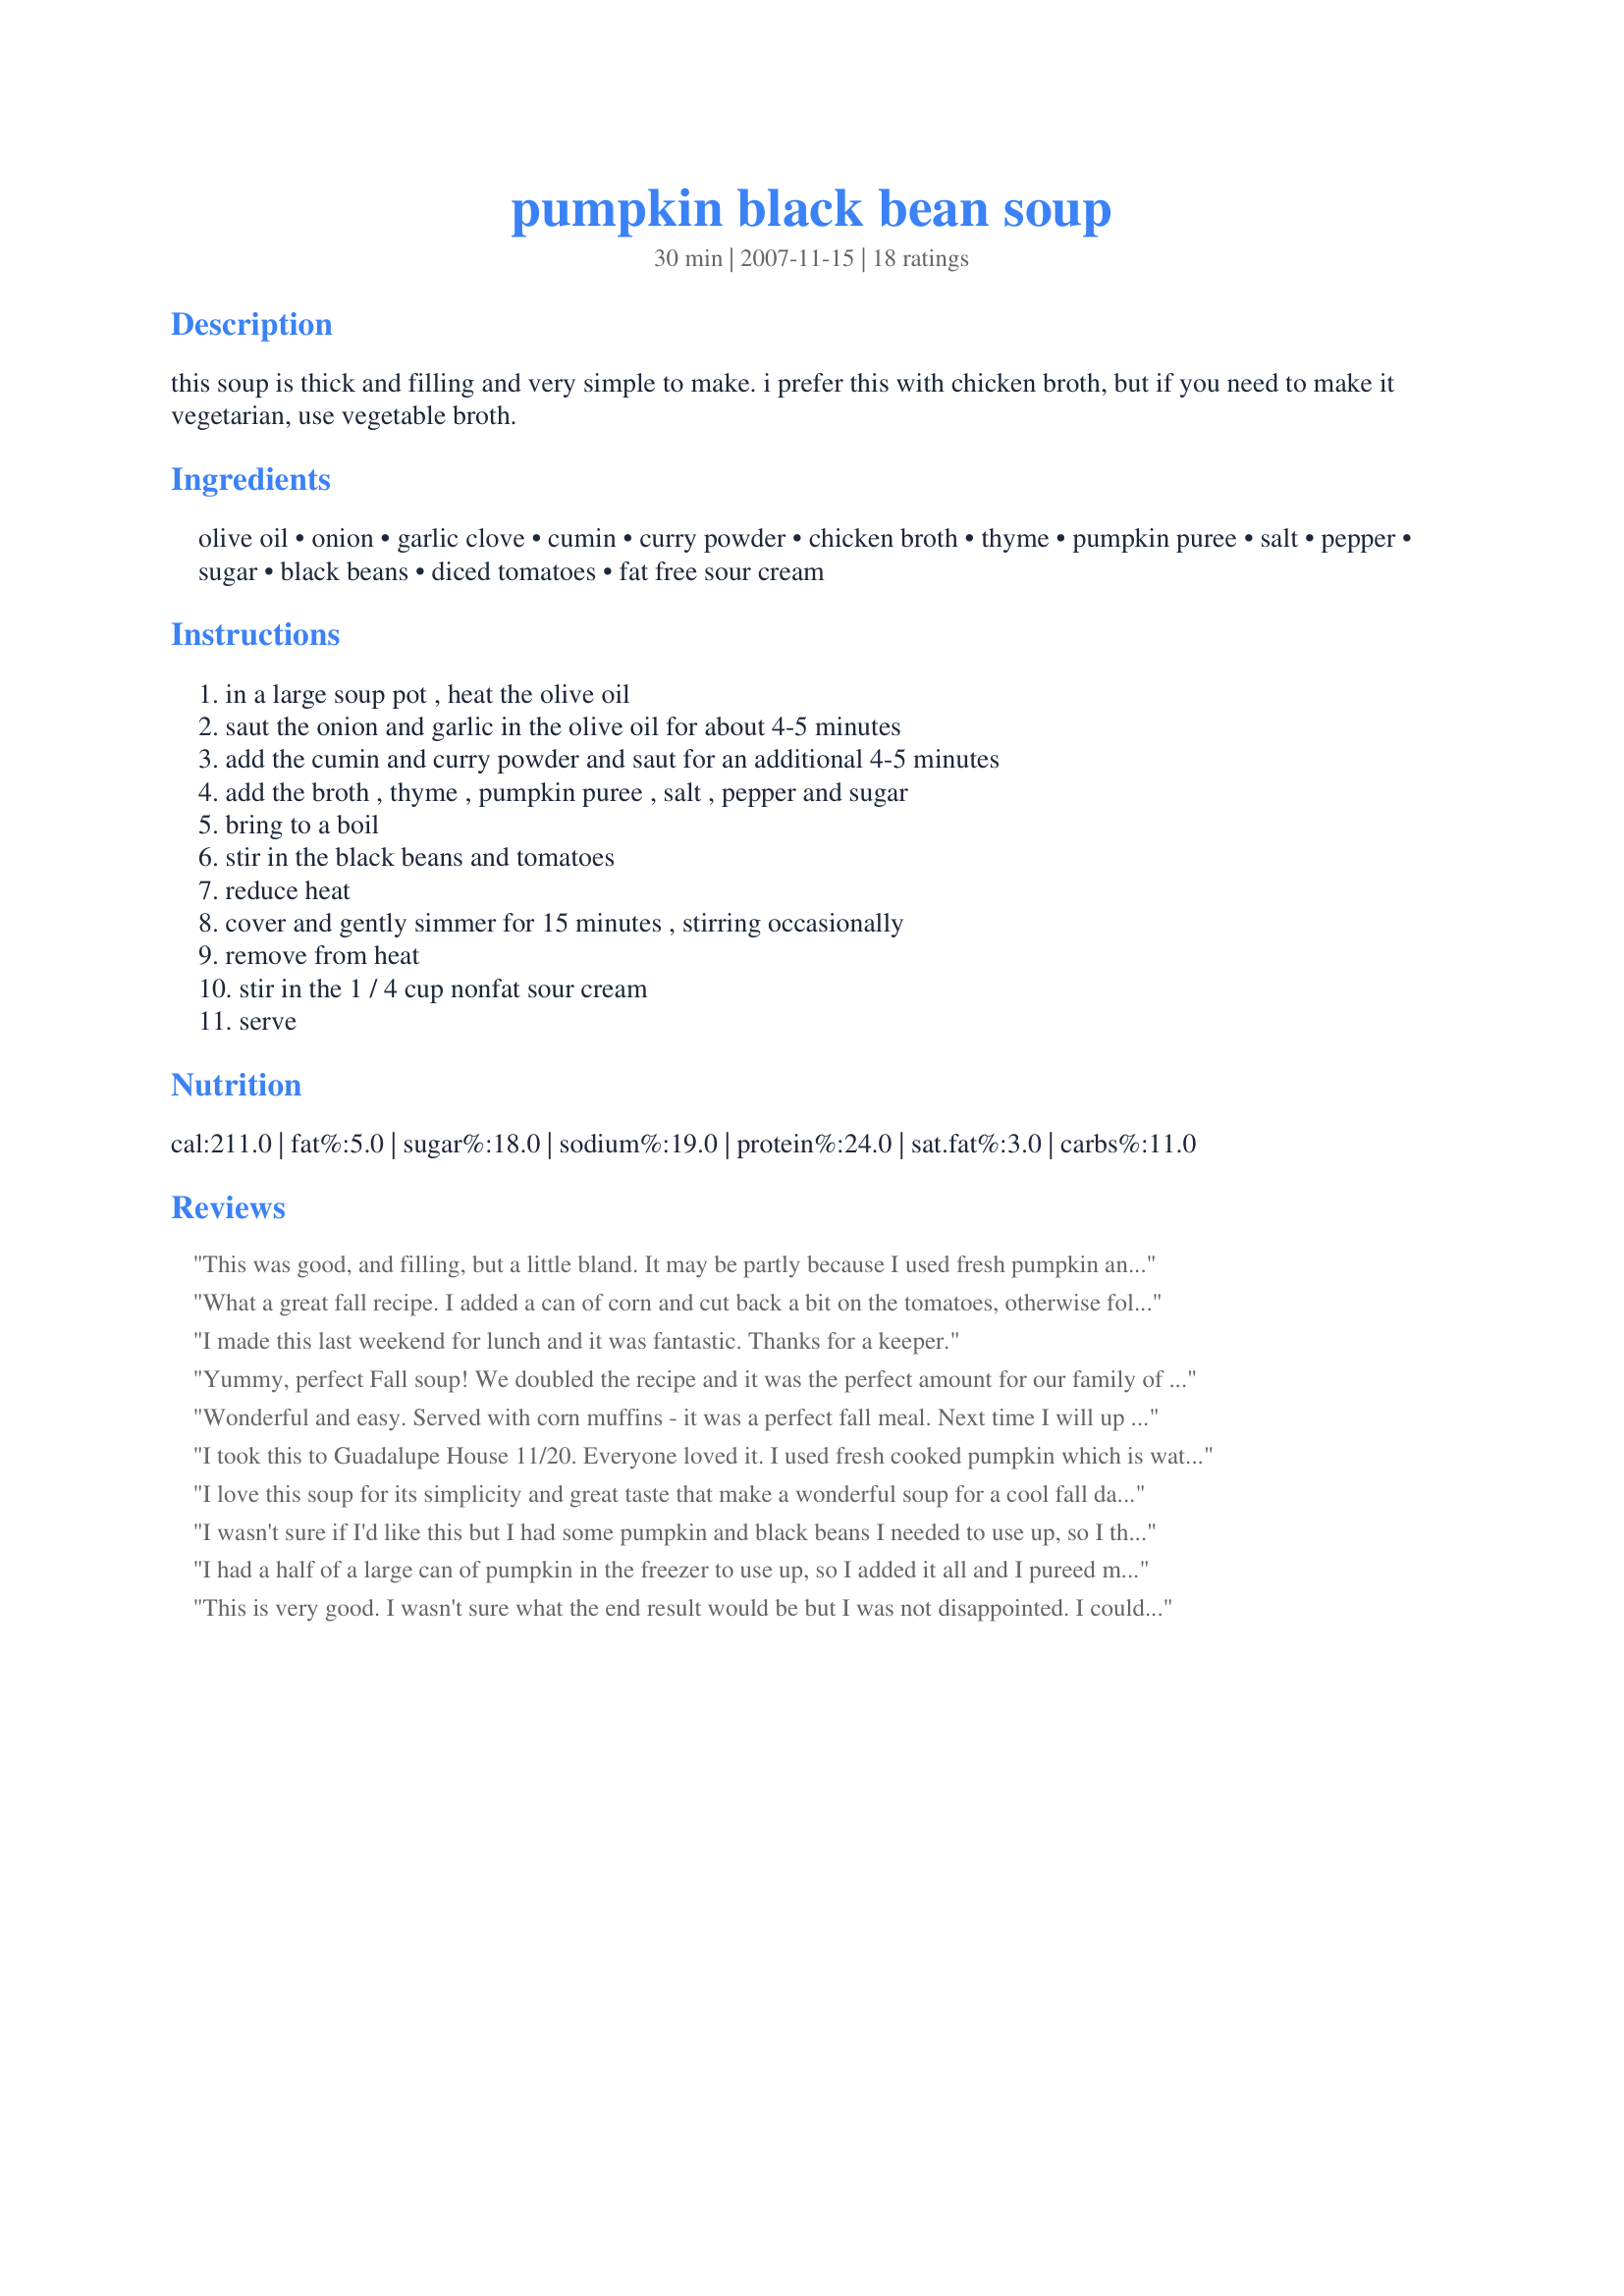
pumpkin black bean soup
Preparation time: 30 minutes

this soup is thick and filling and very simple to make. i prefer this with chicken broth, but if you need to make it vegetarian, use vegetable broth.

Ingredients:
olive oil, onion, garlic clove, cumin, curry powder, chicken broth, thyme, pumpkin puree, salt, pepper, sugar, black beans, diced tomatoes, fat free sour cream

Steps:
in a large soup pot , heat the olive oil, saut the onion and garlic in the olive oil for about 4-5 minutes, add the cumin and curry powder and saut for an additional 4-5 minutes, add the broth , thyme , pumpkin puree , salt , pepper and sugar, bring to a boil, stir in the black beans and tomatoes, reduce heat, cover and gently simmer for 15 minutes , stirring occasionally, remove from heat, stir in the 1 / 4 cup nonfat sour cream, serve

Reviews:
This was good, and filling, but a little bland. It may be partly because I used fresh pumpkin and beans from scratch (not canned.) For the leftovers, I added a little more salt and a little red pepper and simmered another 20 minutes or so. That came out much more to my taste.
What a great fall recipe. I added a can of corn and cut back a bit on the tomatoes, otherwise followed as written and it was a hit. My two-year-old gobbled it up!
I made this last weekend for lunch and it was fantastic. Thanks for a keeper.
Yummy, perfect Fall soup! We doubled the recipe and it was the perfect amount for our family of five with a little leftover for the next day. Also added some cilantro to the mix at the end and topped with a bit of sour cream. Thanks for a GREAT recipe that has been added to our favorite soups!
Wonderful and easy. Served with corn muffins - it was a perfect fall meal. Next time I will up the curry powder just a bit and maybe add a bit of cayenne just for a little bit of a bite.
I took this to Guadalupe House 11/20. Everyone loved it. I used fresh cooked pumpkin which is watery, so it didn't thicken as much. And I didn't add the sour cream.<br/>I will definitely make this again.
I love this soup for its simplicity and great taste that make a wonderful soup for a cool fall day. Both pumpkin and black beans are on my favorites list that are good for me in all different recipes that call for them. I try to eat healthy meals and this one sure fits the bill for me.
I wasn't sure if I'd like this but I had some pumpkin and black beans I needed to use up, so I thought I'd give it a shot. I added some chopped celery with the onion and garlic and then pureed it in my blender at the end. It was so simple and quick to make and came out really creamy with a unique mix of flavors. I really like the hint of pumpkin with the black beans. I skipped the sugar because my pumpkin was extra sweet. I didn't use the sour cream, but will probably try it with a dollop on top on the next serving.
I had a half of a large can of pumpkin in the freezer to use up, so I added it all and I pureed my can of tomatoes. We like lots of spice in our soup, so I ended up adding extra cumin, some smoked paprika and chili powder. This makes a thick satisfying soup that is very filling. Thank you for the recipe.
This is very good. I wasn't sure what the end result would be but I was not disappointed. I could definitely taste the curry (which I love). I don't think my kids or husband would like this but that is okay- more for me!
A marvelous blend of flavors that create a rich and full bodied soup. I used the chicken broth and skipped any sweetening. This is surely quick and easy and will be a great lunch as well as dinner soup. My only suggestion would be to not only remove it from the heat but to wait a couple of mins before adding the sour cream. Mine looked curdled the moment I put it in (it still tasted great though!). Thanks Parsley. Made for Photo Tag.
I admit I made changes to the recipe, but it was great regardless. I used enchilada sauce instead of diced tomatoes due to a shortage in our pantry. Furthermore, we added the entire can of pumpkin (cuz what would I have done with the rest and I hate to waste.) We then found it not sweet enough (not that it needs to be sweet but just not one note taste either) so we added about 1 Tbsp of sugar. We used bouillon instead of chicken broth. And we used pinto beans instead of black. Come to think of it, not much of the recipe is the same, but it was GOOD. Thanks for sharing. Great for hillbilly Bob with not much stuff in the pantry.
Lovely, warming soup! The flavors are great - loved the addition of curry and cumin seasonings. Thanks for sharing!
Fantastic recipe, will surely make again and again.
Loved it! Minor changes...added a dash of cayenne; used 1/2 tsp hot curry and 1/2 tsp curry powder. I think I'll add a tad more next time. Needed a little more salt & pepper but this was *delicious*! Thank you for posting!
Very good and very easy, two of my favorite things! I used 2 cups of pumpkin (because that's what I had thawed and I didn't want to waste the other cup). In the future, I'd probably add just a touch more broth when I do that, as it ended up very thick. But it still tasted fantastic!
Loved this! Simple to fix and great mix of flavors. Loved the curry flavor and creaminess from sour cream. Will definitely make again. Thanks for sharing the recipe!
Great soup! I didn't change a thing and it was delicious. Very hearty, great for a warming fall or winter meal. Thank you, I'll be making this again!
